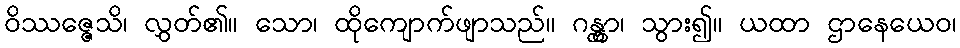
ဝိဿဇ္ဇေသိ၊ လွှတ်၏။ သော၊ ထိုကျောက်ဖျာသည်။ ဂန္တွာ၊ သွား၍။ ယထာ ဌာနေယေဝ၊